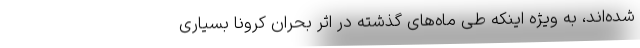
شده‌اند، به ویژه اینکه طی ماه‌های گذشته در اثر بحران کرونا بسیاری